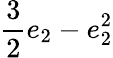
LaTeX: \displaystyle\frac{3}{2}e_{2}-e_{2}^{2}